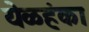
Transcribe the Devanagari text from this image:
येळहंका